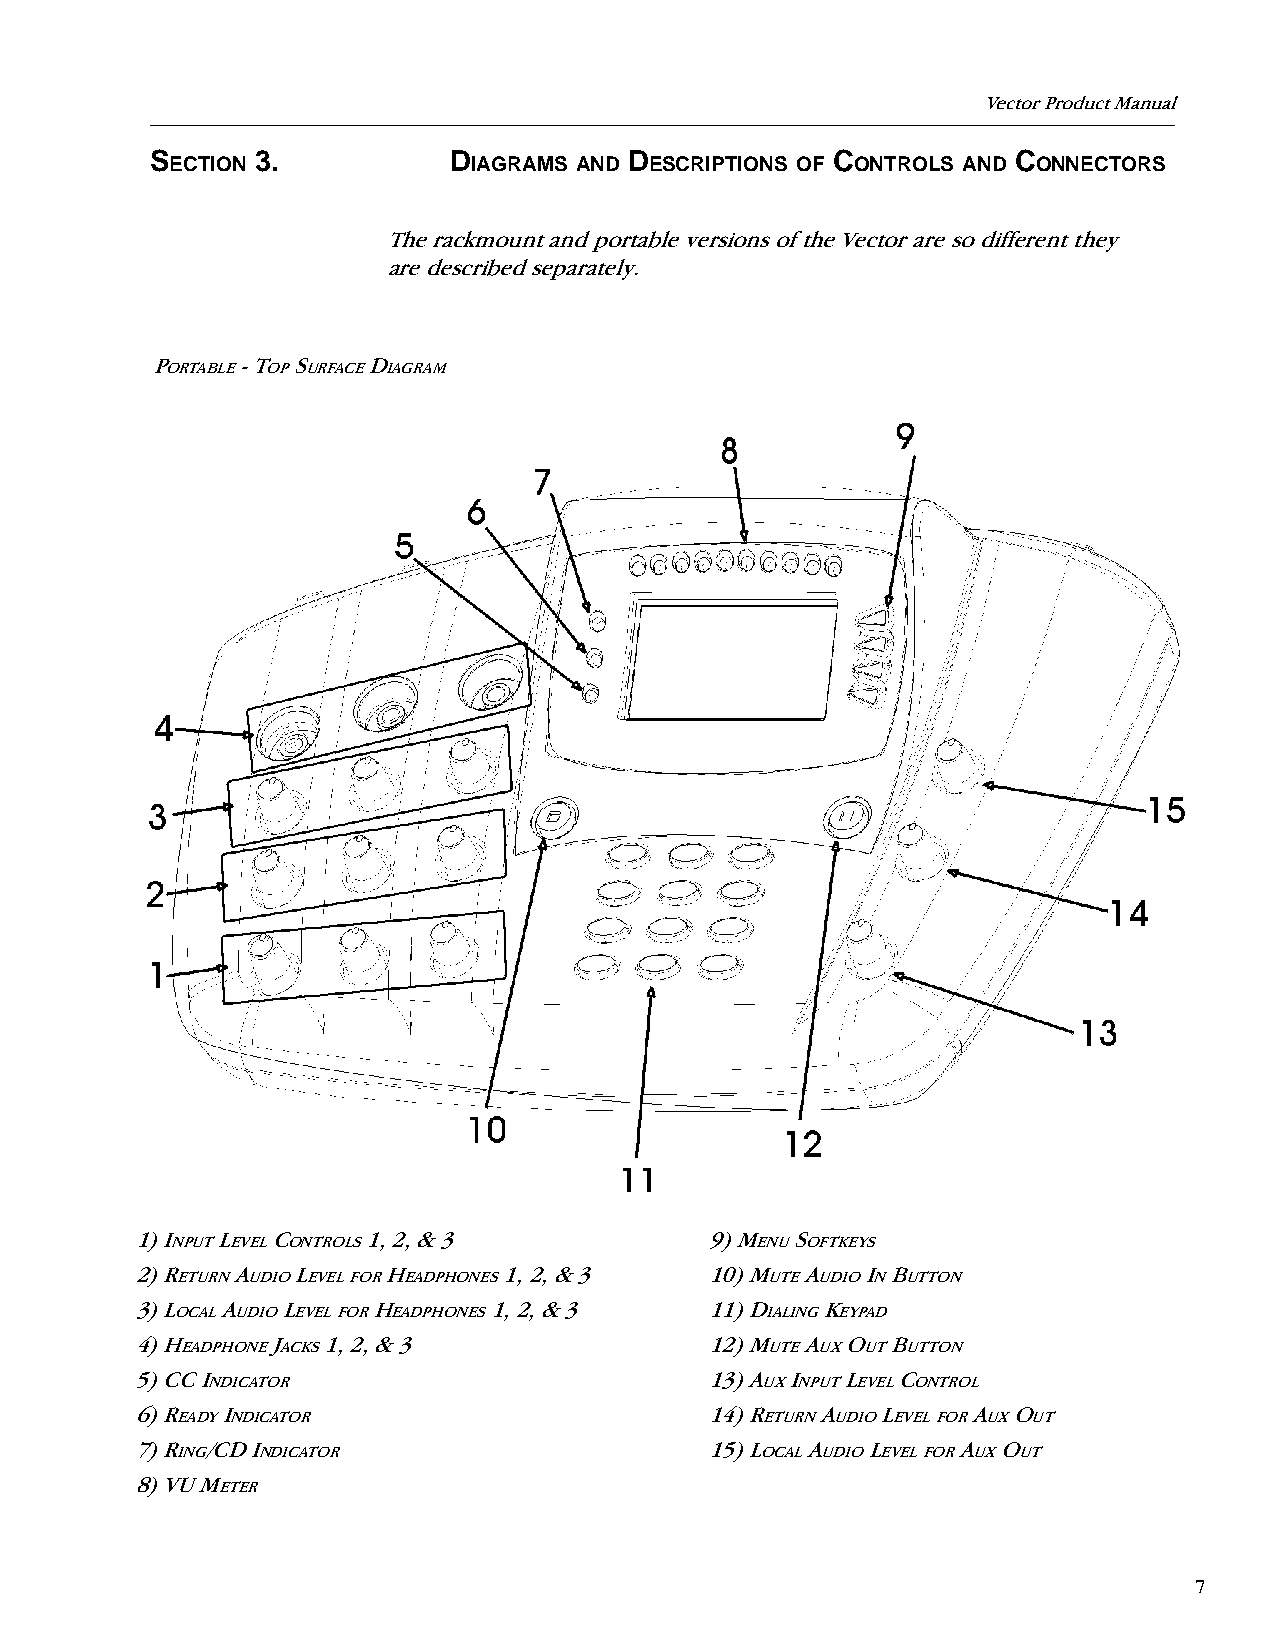
Vector Product Manual
 S      3.           D           D            C           C
 ECTION              IAGRAMS AND ESCRIPTIONS OF ONTROLS AND ONNECTORS
 The rackmount and portable versions of the Vector are so different they
 are described separately.
 P     - T S   D
 ORTABLE OP URFACE IAGRAM
 1) I L   C     1, 2, & 3              9) M  S
 NPUT EVEL ONTROLS                      ENU OFTKEYS
 2) R   A   L     H      1, 2, & 3     10) M A   I B
 ETURN UDIO EVEL FOR EADPHONES          UTE UDIO N UTTON
 3) L  A   L     H      1, 2, & 3      11) D   K
 OCAL UDIO EVEL FOR EADPHONES           IALING EYPAD
 4) H     J  1, 2, & 3                 12) M A  O  B
 EADPHONE ACKS                          UTE UX UT UTTON
 5) CC I                               13) A I  L   C
 NDICATOR                            UX NPUT EVEL ONTROL
 6) R  I                               14) R  A   L     A  O
 EADY NDICATOR                         ETURN UDIO EVEL FOR UX UT
 7) R /CD I                            15) L A    L     A O
 ING  NDICATOR                         OCAL UDIO EVEL FOR UX UT
 8) VU M
 ETER
 7